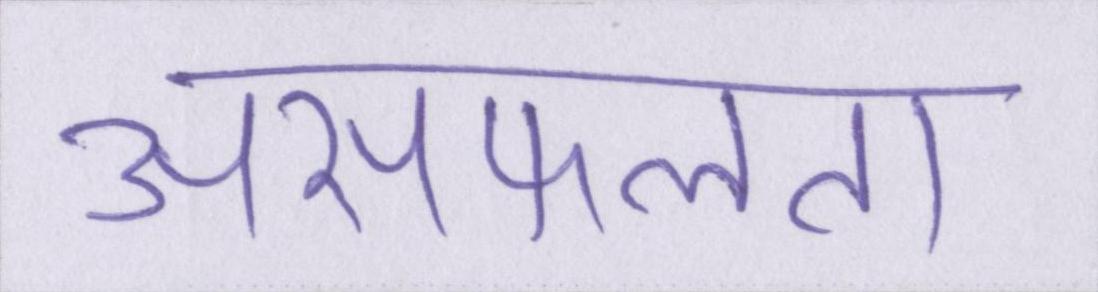
असफलता